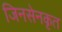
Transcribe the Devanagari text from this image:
जिनसेनकृत